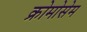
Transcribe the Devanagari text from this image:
क्रोमोसेम